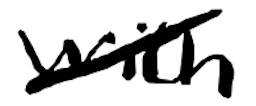
Text: with
Cross-out: diagonal
Writing tool: digital_black